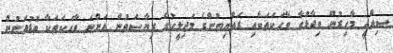
ސިއްހީ މާހިރުން ވިދާޅުވާ ވާހަކަތަކާއި ރައްޔިތުންގެ މަޖިލީހުގެ ރިޔާސަތުން އަންނަ ވާހަކަތަކާ ބޮޑުތަނުން